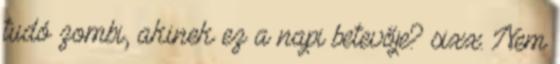
tudó zombi, akinek ez a napi betevője? sixx: Nem